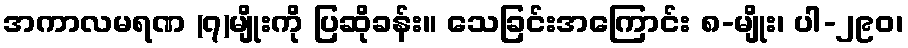
အကာလမရဏ (၇)မျိုးကို ပြဆိုခန်း။ သေခြင်းအကြောင်း ၈-မျိုး၊ ပါ-၂၉၀၊